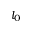
l _ { 0 }